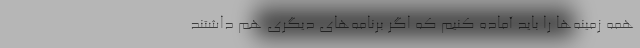
همه زمینه‌ها را باید آماده کنیم که اگر برنامه‌های دیگری هم داشتند